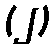
(၂)